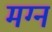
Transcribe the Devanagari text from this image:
मग्‍न